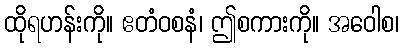
ထိုရဟန်းကို။ ဧတံဝစနံ၊ ဤစကားကို။ အဝေါစ၊